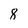
Character: 8